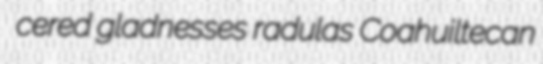
cered gladnesses radulas Coahuiltecan